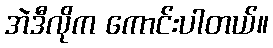
အဲဒီလိုက ကောင်းပါတယ်။